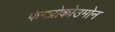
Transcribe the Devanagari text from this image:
फेनप्रोकोउमोन